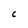
Character: C